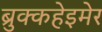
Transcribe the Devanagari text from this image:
ब्रुक्कहेइमेर